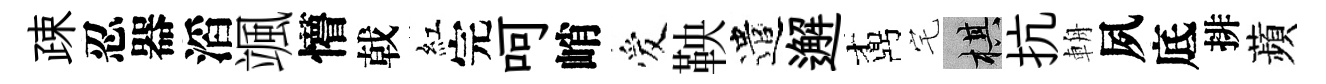
疎忍器滔颯懵戟紅完呵峭爱鞅遣邂鼒宅棋抗輈夙底排蘋